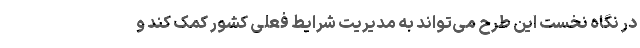
در نگاه نخست این طرح می‌تواند به مدیریت شرایط فعلی کشور کمک کند و